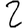
Digit: 2